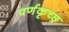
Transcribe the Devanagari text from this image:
पर्णकृच्छ्र